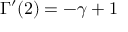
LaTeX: \Gamma ^ { \prime } ( 2 ) = - \gamma + 1